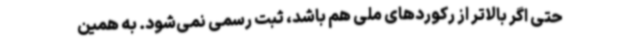
حتی اگر بالاتر از رکوردهای ملی هم باشد، ثبت رسمی نمی‌شود. به همین